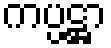
ကပ္ပဋ္ဌာ